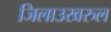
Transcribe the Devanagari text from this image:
जिलाउखरुल